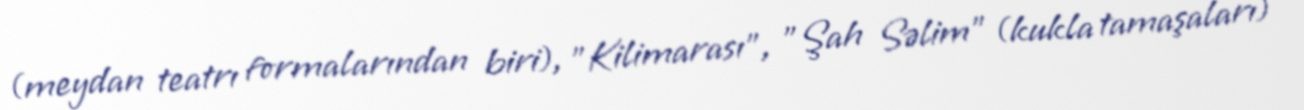
(meydan teatrı formalarından biri), "Kilimarası", "Şah Səlim" (kukla tamaşaları)